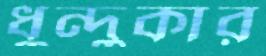
ধুন্দুকার